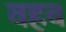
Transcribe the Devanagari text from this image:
वहब